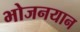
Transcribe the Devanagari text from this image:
भोजनयान